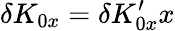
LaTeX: \delta K_{0x}=\delta K_{0x}^{\prime}x